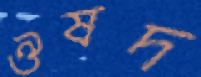
ঔষদ